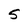
Character: S